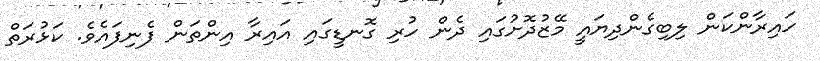
ހައިރާންކަން ލިބިގެންދިޔައީ މޭޒުދޮށުގައި ދެން ހުރި ގޮނޑީގައި އައިރާ އިންތަން ފެނިފައެވެ. ކަޅުރަތް